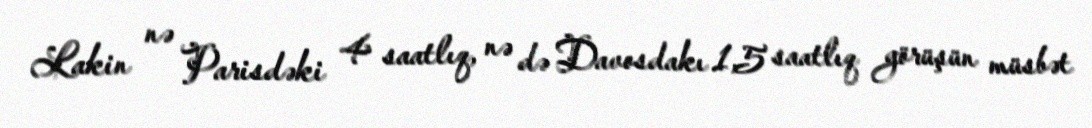
Lakin nə Parisdəki 4 saatlıq, nə də Davosdakı 1,5 saatlıq görüşün müsbət